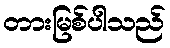
တားမြစ်ပါသည်